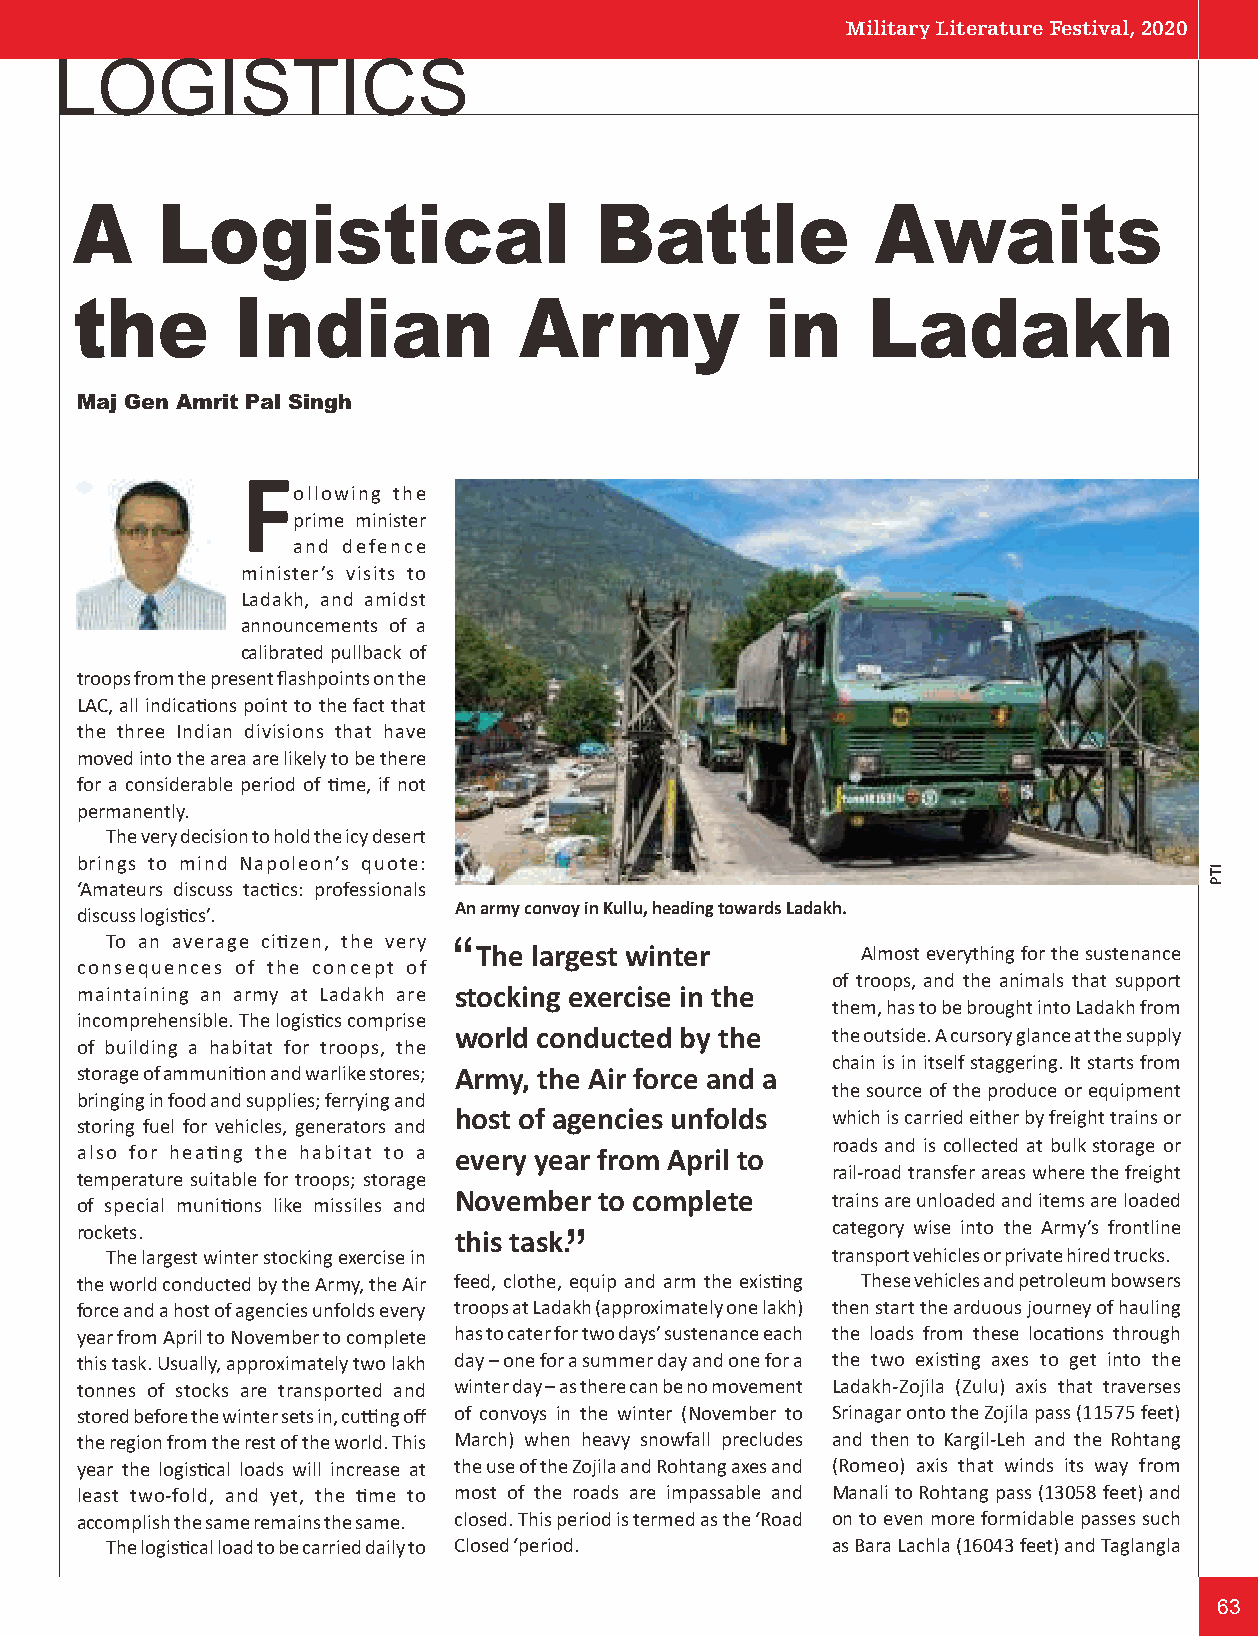
Military Literature Festival, 2020
 LOGISTICS
 A    Logistical                   Battle             Awaits
 the       Indian             Army             in    Ladakh
 Maj Gen Amrit Pal Singh
 F
 ollowing the
 prime minister
 and defence
 minister’s visits to
 Ladakh, and amidst
 announcements of a
 calibrated pullback of
 troops from the present flashpoints on the
 LAC, all indicaons point to the fact that
 the three Indian divisions that have
 moved into the area are likely to be there
 for a considerable period of me, if not
 permanently.
 The very decision to hold the icy desert
 brings to mind Napoleon’s quote:
 ‘Amateurs discuss taccs: professionals
 An army convoy in Kullu, heading towards Ladakh.
 discuss logiscs’.
 To an average cizen, the very “
 The largest winter        Almost everything for the sustenance
 consequences of the concept of
 of troops, and the animals that support
 maintaining an army at Ladakh are stocking exercise in the
 them, has to be brought into Ladakh from
 incomprehensible. The logiscs comprise
 world conducted by the   the outside. A cursory glance at the supply
 of building a habitat for troops, the
 chain is in itself staggering. It starts from
 storage of ammunion and warlike stores; Army, the Air force and a
 the source of the produce or equipment
 bringing in food and supplies; ferrying and
 host of agencies unfolds which is carried either by freight trains or
 storing fuel for vehicles, generators and
 roads and is collected at bulk storage or
 also for heang the habitat to a every year from April to
 rail-road transfer areas where the freight
 temperature suitable for troops; storage
 of special munions like missiles and Novembe“r to complete trains are unloaded and items are loaded
 rockets.                 this task.               category wise into the Army’s frontline
 The largest winter stocking exercise in         transport vehicles or private hired trucks.
 the world conducted by the Army, the Air feed, clothe, equip and arm the exisng These vehicles and petroleum bowsers
 force and a host of agencies unfolds every troops at Ladakh (approximately one lakh) then start the arduous journey of hauling
 year from April to November to complete has to cater for two days’ sustenance each the loads from these locaons through
 this task. Usually, approximately two lakh day – one for a summer day and one for a the two exisng axes to get into the
 tonnes of stocks are transported and winter day – as there can be no movement Ladakh-Zojila (Zulu) axis that traverses
 stored before the winter sets in, cung off of convoys in the winter (November to Srinagar onto the Zojila pass (11575 feet)
 the region from the rest of the world. This March) when heavy snowfall precludes and then to Kargil-Leh and the Rohtang
 year the logiscal loads will increase at the use of the Zojila and Rohtang axes and (Romeo) axis that winds its way from
 least two-fold, and yet, the me to most of the roads are impassable and Manali to Rohtang pass (13058 feet) and
 accomplish the same remains the same. closed. This period is termed as the ‘Road on to even more formidable passes such
 The logiscal load to be carried daily to Closed ‘period. as Bara Lachla (16043 feet) and Taglangla
 63
 ITP